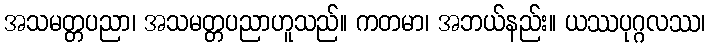
အသမတ္တပညာ၊ အသမတ္တပညာဟူသည်။ ကတမာ၊ အဘယ်နည်း။ ယဿပုဂ္ဂလဿ၊